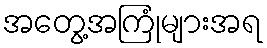
အတွေ့အကြုံများအရ